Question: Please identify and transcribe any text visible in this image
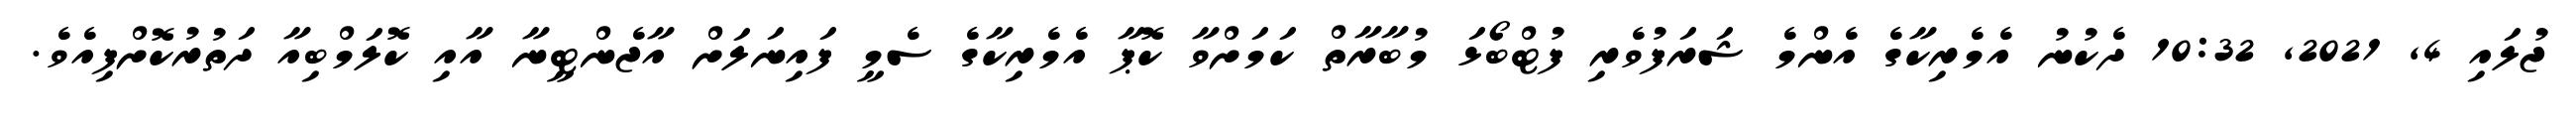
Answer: ޖުލައި 4, 2021, 10:32 ދެކުނު އެމެރިކާގެ އެންމެ ޝަރަފުވެރި ފުޓްބޯޅަ މުބާރާތް ކަމަށްވާ ކޮޕާ އެމެރިކާގެ ސެމީ ފައިނަލަށް އާޖެންޓީނާ އާއި ކޮލަމްބިއާ ދަތުރުކޮށްފިއެވެ.